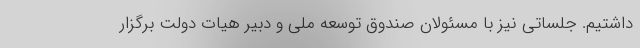
داشتیم. جلساتی نیز با مسئولان صندوق توسعه ملی و دبیر هیات دولت برگزار